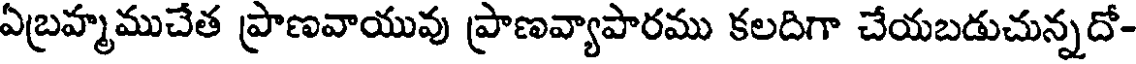
ఏబ్రహ్మముచేత ప్రాణవాయువు ప్రాణవ్యాపారము కలదిగా చేయబడుచున్నదో-